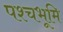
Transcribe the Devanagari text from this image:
पश्चभूमि